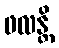
ဖလန္တိ